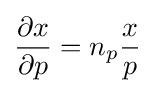
{\frac {\partial x}{\partial p}}=n_{p}{\frac {x}{p}}